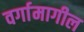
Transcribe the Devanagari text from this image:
वर्गामागील